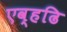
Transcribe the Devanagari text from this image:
एव्हढि